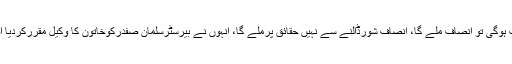
چیف جسٹس میاں ثاقب نثار نے کہا کہ اگرحق کی بات ہوگی تو انصاف ملے گا، انصاف شورڈالنے سے نہیں حقائق پرملے گا، انہوں نے بیرسٹرسلمان صفدرکوخاتون کا وکیل مقررکردیا اور متاثرہ خاتون کوتحفظ فراہم کرنے کی ہدایت کردی۔